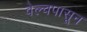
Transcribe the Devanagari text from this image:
वेल्चपासून